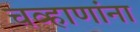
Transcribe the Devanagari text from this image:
चव्हाणांना